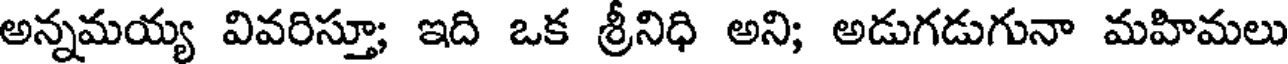
అన్నమయ్య వివరిస్తూ; ఇది ఒక శ్రీనిధి అని; అడుగడుగునా మహిమలు